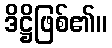
ဒိဋ္ဌိဖြစ်၏။